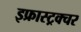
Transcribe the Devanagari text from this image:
इफ्रास्ट्रक्चर